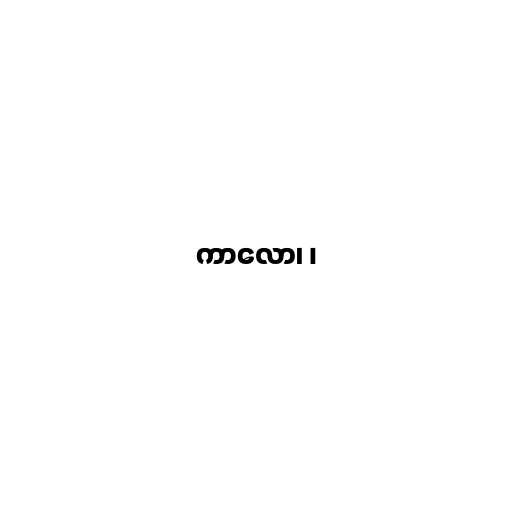
ကာလော၊ ၊